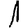
Digit: 1